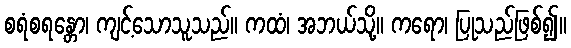
စရံစရန္တော၊ ကျင့်သောသူသည်။ ကထံ၊ အဘယ်သို့။ ကရော၊ ပြုသည်ဖြစ်၍။